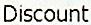
DISCOUNT